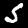
Label: 5